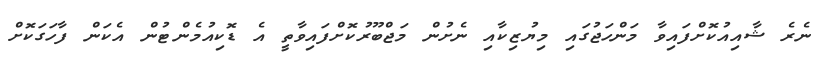
ނެރެ ޝާއިއުކޮށްފައިވާ މަންހަޖުގައި މިޔުޒިކާއި ނެށުން މަޖްބޫރުކޮށްފައިވާތީ އެ ޑޮކިއުމެންޓުން އެކަން ފާހަގަކޮށް